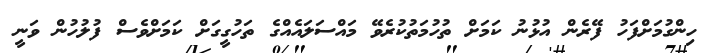
ހިންގުމަށްފަހު ފޭރެން އުޅުނު ކަމަށް ތުހުމަތުކުރެވޭ މައްސަލައެއްގެ ތަހުގީގަށް ކަމަށްވެސް ފުލުހުން ވަނީ